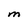
Character: M